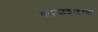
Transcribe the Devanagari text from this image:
बल्लाळशाहच्या